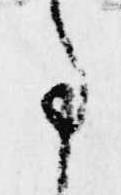
事